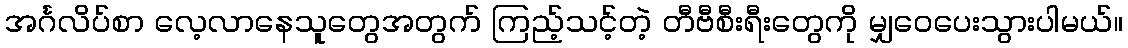
အင်္ဂလိပ်စာ လေ့လာနေသူတွေအတွက် ကြည့်သင့်တဲ့ တီဗီစီးရီးတွေကို မျှဝေပေးသွားပါမယ်။